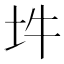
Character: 𡉯